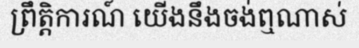
ព្រឹត្តិការណ៍ យើងនឹងចង់ឮណាស់